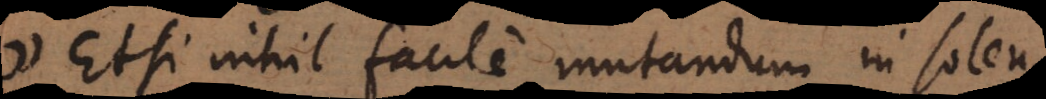
. Etsi nihil facile mutandum in solen